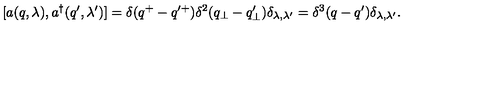
[ a ( q , \lambda ) , a ^ { \dagger } ( q ^ { \prime } , \lambda ^ { \prime } ) ] = \delta ( q ^ { + } - q ^ { \prime + } ) \delta ^ { 2 } ( q _ { \perp } - q _ { \perp } ^ { \prime } ) \delta _ { \lambda , \lambda ^ { \prime } } = \delta ^ { 3 } ( q - q ^ { \prime } ) \delta _ { \lambda , \lambda ^ { \prime } } .